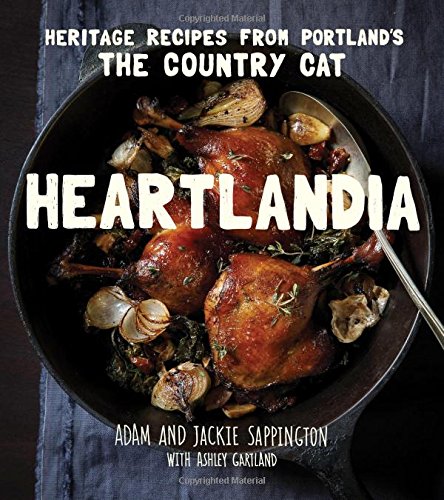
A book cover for Heartlandia: Heritage Recipes from Portland's The Country Cat; Adam Sappington; Cookbooks, Food & Wine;